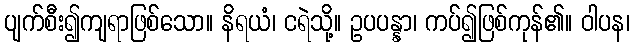
ပျက်စီး၍ကျရာဖြစ်သော။ နိရယံ၊ ငရဲသို့။ ဥပပန္နာ၊ ကပ်၍ဖြစ်ကုန်၏။ ဝါပန၊